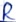
Text: R